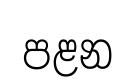
පළන